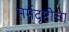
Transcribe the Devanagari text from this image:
मर्मदृष्टीचा